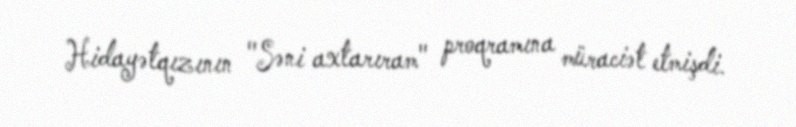
Hidayətqızının "Səni axtarıram" proqramına müraciət etmişdi.